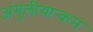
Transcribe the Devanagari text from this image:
अंगुलीयान्कम